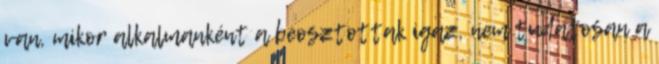
van, mikor alkalmanként a beosztottak igaz, nem tudatosan a